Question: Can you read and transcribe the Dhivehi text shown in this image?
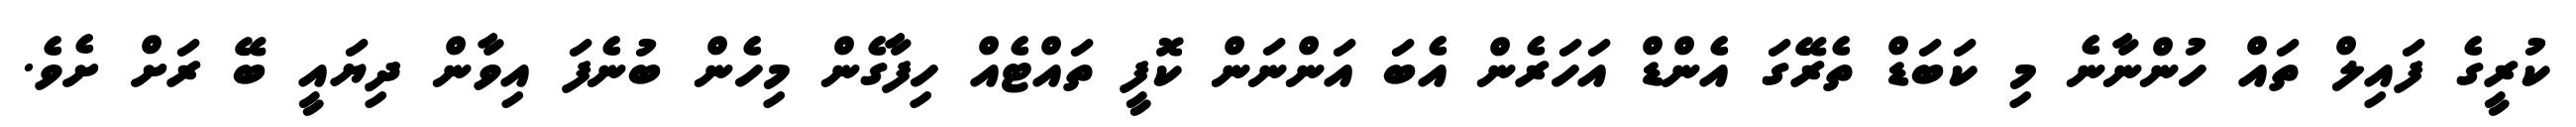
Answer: ކުރީގެ ފައިލް ތައް ހުންނާނެ މި ކަބަޑް ތެރޭގަ އެންޑް އަހަރެން އެބަ އަންނަން ކޮފީ ތައްޓެއް ހިފާގެން މިހެން ބުނެފަ އިވާން ދިޔައީ ބޭ ރަށް ށެވެ.